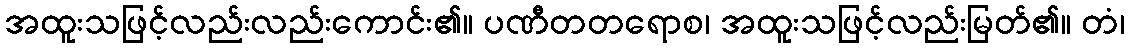
အထူးသဖြင့်လည်းလည်းကောင်း၏။ ပဏီတတရောစ၊ အထူးသဖြင့်လည်းမြတ်၏။ တံ၊